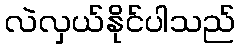
လဲလှယ်နိုင်ပါသည်